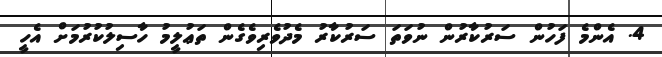
4. އެންމެ ފަހުން ސަރުކާރުން ނުވަތަ ސަރުކާރު މެދުވެރިވެގެން ތަޢުލީމު ހާސިލުކުރުމަށް އެހީ